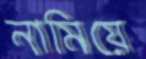
নামিয়ে